38_143685_box_Incident_Summaries_173-233
Agency: Department of War
Page 85
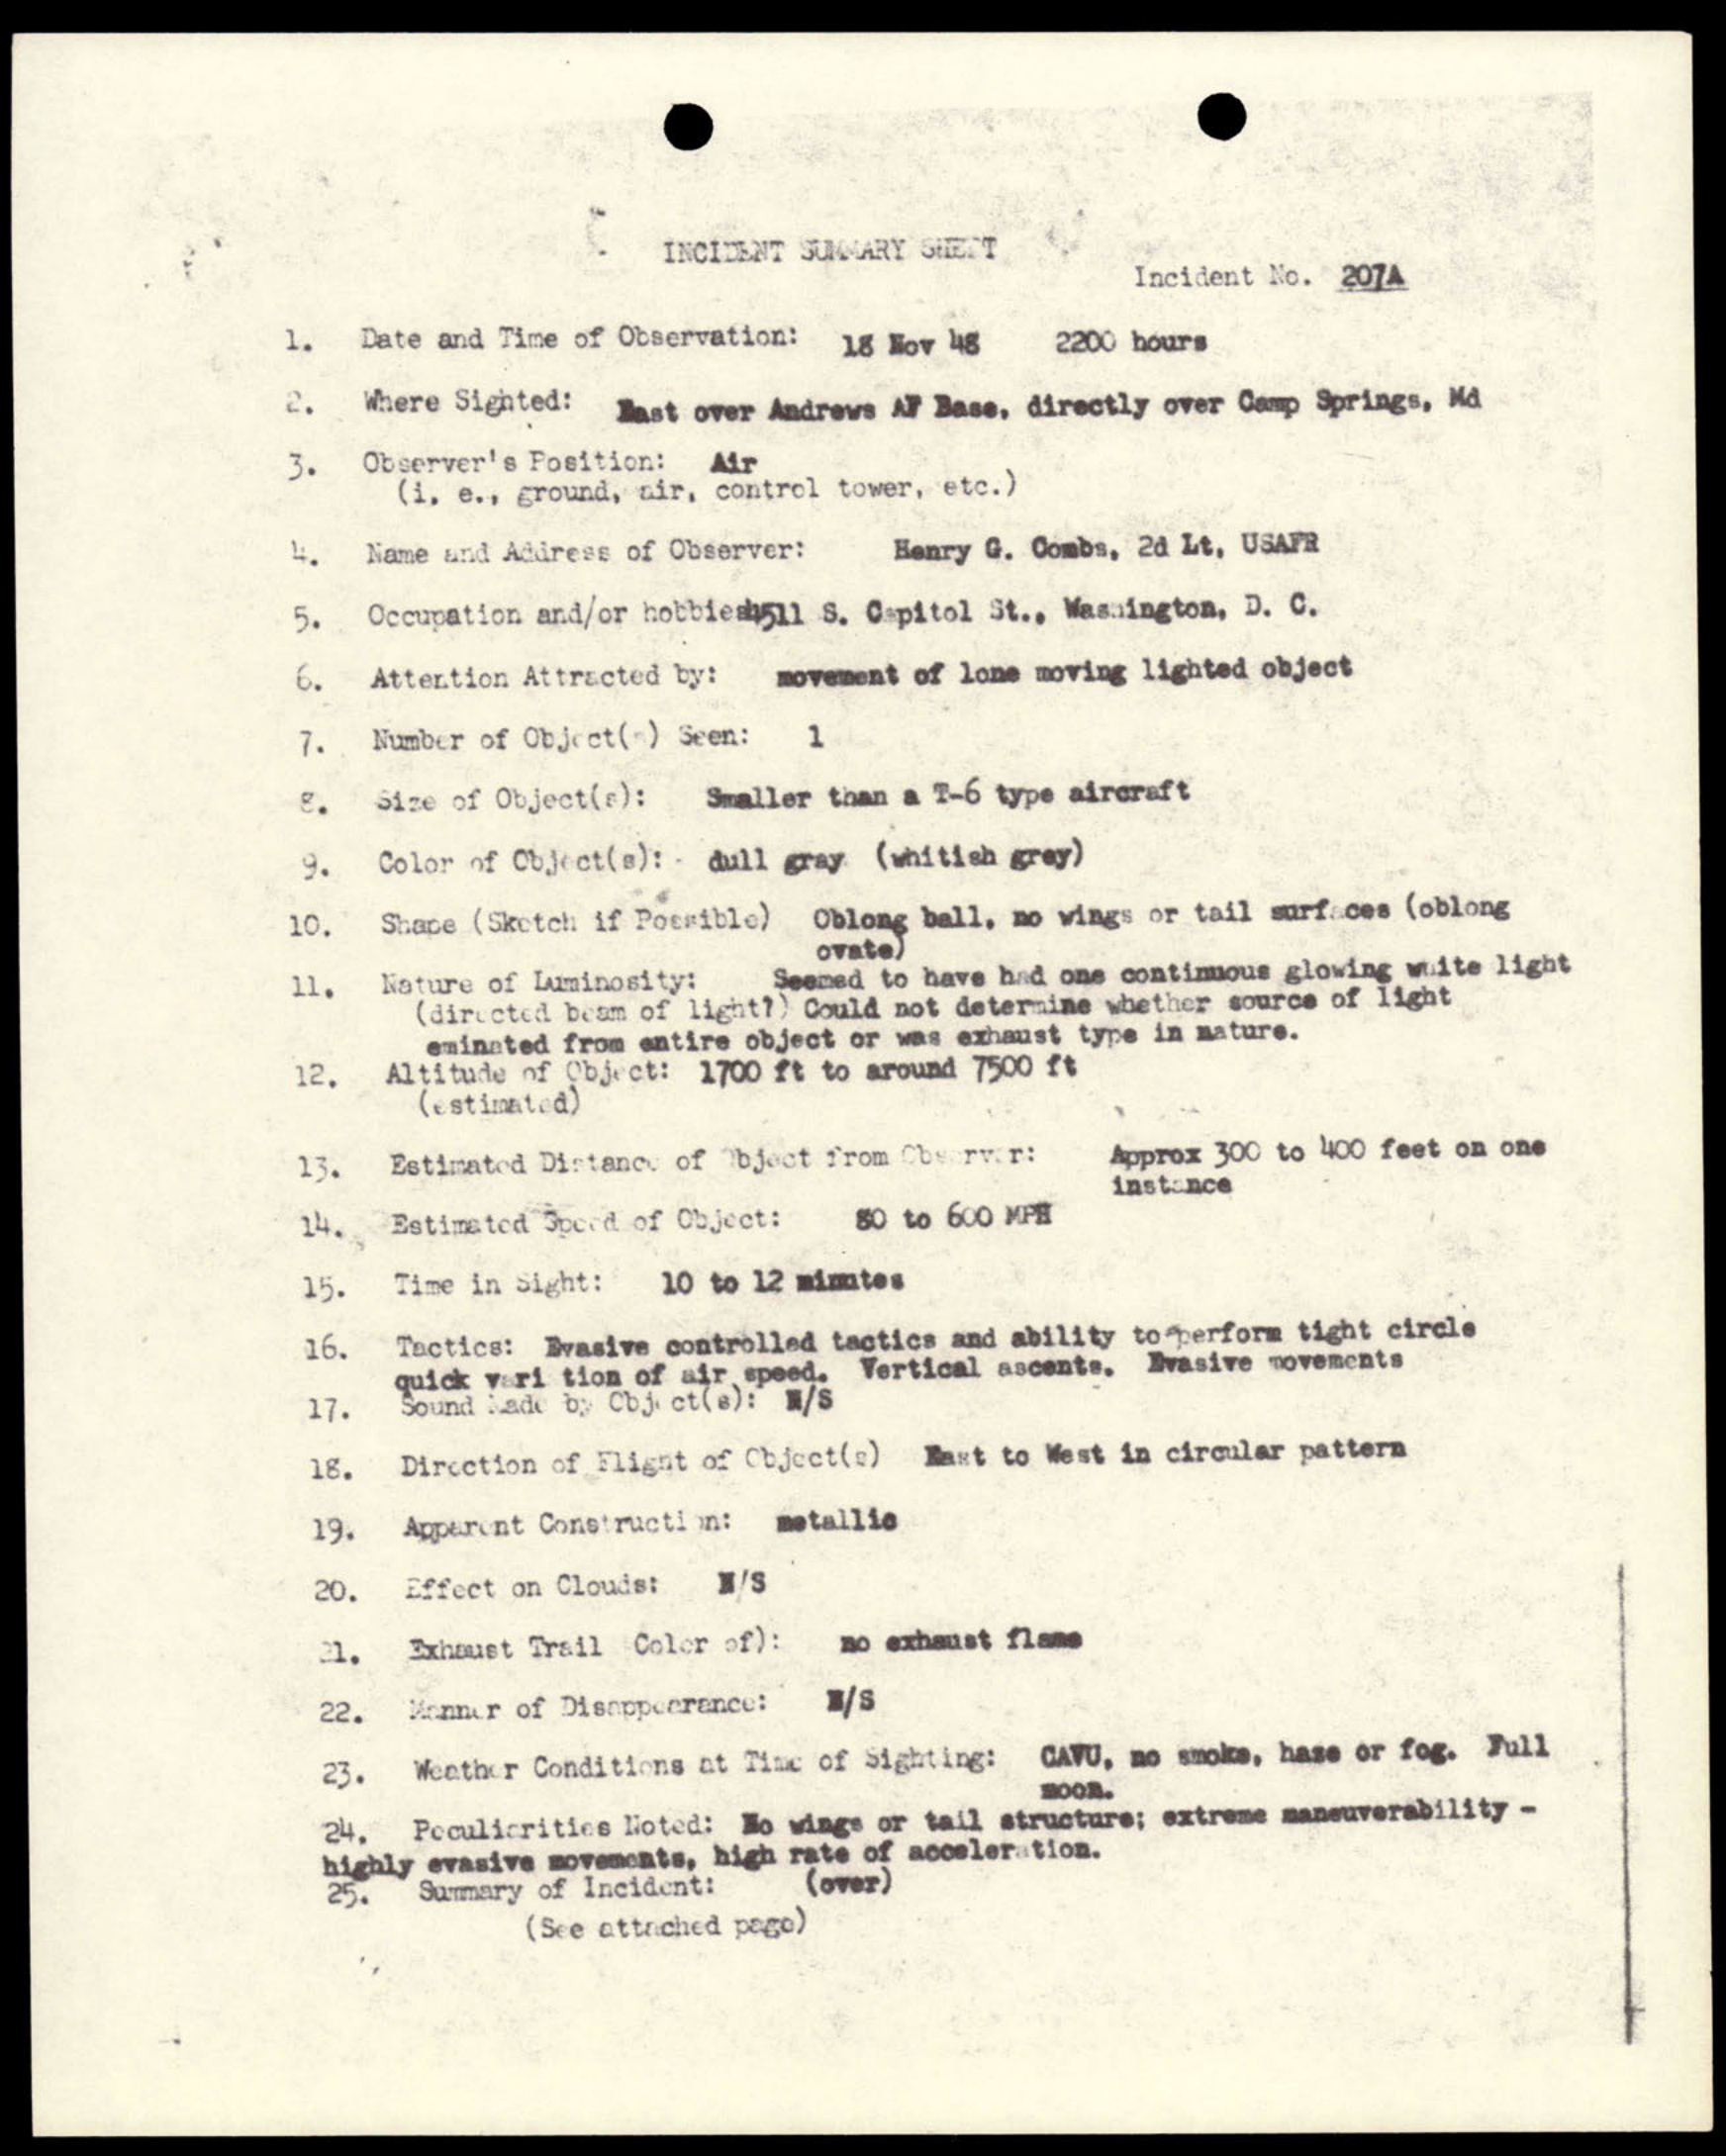